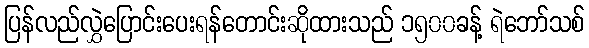
ပြန်လည်လွှဲပြောင်းပေးရန်တောင်းဆိုထားသည် ၁၅၀၀ခန့် ရဲဘော်သစ်